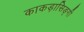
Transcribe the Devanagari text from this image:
काकड़ासिङ्गी